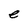
Character: e